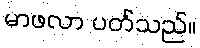
မာဖလာ ပတ်သည်။